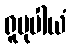
ရူပုပါယံ